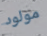
مولود